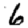
Digit: 6